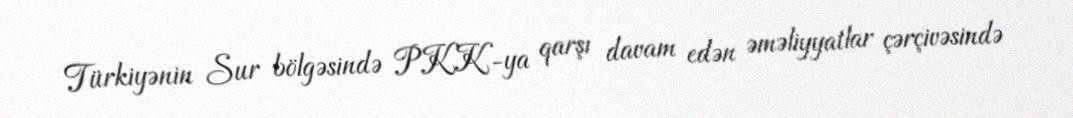
Türkiyənin Sur bölgəsində PKK-ya qarşı davam edən əməliyyatlar çərçivəsində